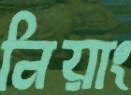
নিয়াং